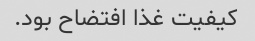
کیفیت غذا افتضاح بود.